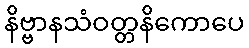
နိဗ္ဗာနသံဝတ္တနိကောပေ